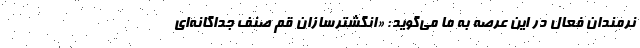
نرمندان فعال در این عرصه به ما می‌گوید: «انگشترسازان قم صنف جداگانه‌ای